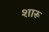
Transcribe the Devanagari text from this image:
शारू